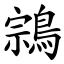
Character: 鶎